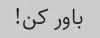
باور کن!